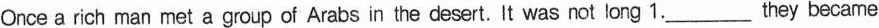
Once a rich man met a group of Arabs in the desert. It was not long 1.___they became